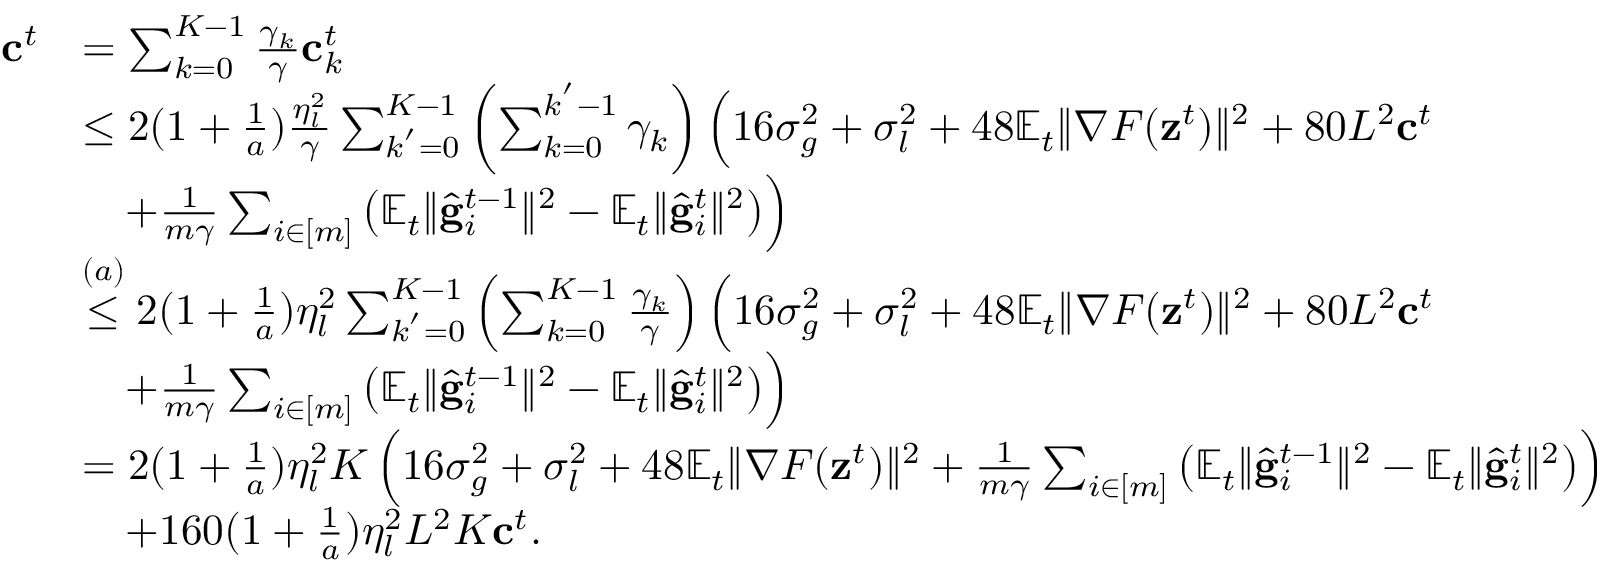
\begin{array} { r l } { \mathbf { c } ^ { t } } & { = \sum _ { k = 0 } ^ { K - 1 } \frac { \gamma _ { k } } { \gamma } \mathbf { c } _ { k } ^ { t } } \\ & { \leq 2 ( 1 + \frac { 1 } { a } ) \frac { \eta _ { l } ^ { 2 } } { \gamma } \sum _ { k ^ { ' } = 0 } ^ { K - 1 } \left( \sum _ { k = 0 } ^ { k ^ { ' } - 1 } \gamma _ { k } \right) \Bigl ( 1 6 \sigma _ { g } ^ { 2 } + \sigma _ { l } ^ { 2 } + 4 8 \mathbb { E } _ { t } \Vert \nabla F ( \mathbf { z } ^ { t } ) \Vert ^ { 2 } + 8 0 L ^ { 2 } \mathbf { c } ^ { t } } \\ & { \quad + \frac { 1 } { m \gamma } \sum _ { i \in [ m ] } \left( \mathbb { E } _ { t } \Vert \hat { \mathbf { g } } _ { i } ^ { t - 1 } \Vert ^ { 2 } - \mathbb { E } _ { t } \Vert \hat { \mathbf { g } } _ { i } ^ { t } \Vert ^ { 2 } \right) \Bigr ) } \\ & { \overset { ( a ) } { \leq } 2 ( 1 + \frac { 1 } { a } ) \eta _ { l } ^ { 2 } \sum _ { k ^ { ' } = 0 } ^ { K - 1 } \left( \sum _ { k = 0 } ^ { K - 1 } \frac { \gamma _ { k } } { \gamma } \right) \Bigl ( 1 6 \sigma _ { g } ^ { 2 } + \sigma _ { l } ^ { 2 } + 4 8 \mathbb { E } _ { t } \Vert \nabla F ( \mathbf { z } ^ { t } ) \Vert ^ { 2 } + 8 0 L ^ { 2 } \mathbf { c } ^ { t } } \\ & { \quad + \frac { 1 } { m \gamma } \sum _ { i \in [ m ] } \left( \mathbb { E } _ { t } \Vert \hat { \mathbf { g } } _ { i } ^ { t - 1 } \Vert ^ { 2 } - \mathbb { E } _ { t } \Vert \hat { \mathbf { g } } _ { i } ^ { t } \Vert ^ { 2 } \right) \Bigr ) } \\ & { = 2 ( 1 + \frac { 1 } { a } ) \eta _ { l } ^ { 2 } K \left( 1 6 \sigma _ { g } ^ { 2 } + \sigma _ { l } ^ { 2 } + 4 8 \mathbb { E } _ { t } \Vert \nabla F ( \mathbf { z } ^ { t } ) \Vert ^ { 2 } + \frac { 1 } { m \gamma } \sum _ { i \in [ m ] } \left( \mathbb { E } _ { t } \Vert \hat { \mathbf { g } } _ { i } ^ { t - 1 } \Vert ^ { 2 } - \mathbb { E } _ { t } \Vert \hat { \mathbf { g } } _ { i } ^ { t } \Vert ^ { 2 } \right) \right) } \\ & { \quad + 1 6 0 ( 1 + \frac { 1 } { a } ) \eta _ { l } ^ { 2 } L ^ { 2 } K \mathbf { c } ^ { t } . } \end{array}